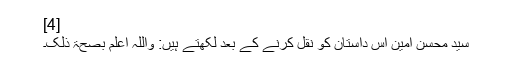
[4]
سید محسن امین اس داستان کو نقل کرنے کے بعد لکھتے ہیں: واللہ اعلم بصحۃ ذلک۔